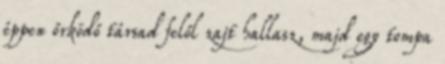
éppen őrködő társad felől zajt hallasz, majd egy tompa